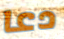
دعا